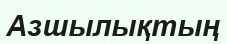
Азшылықтың